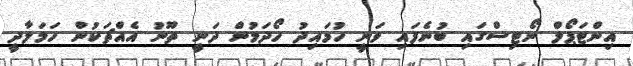
އިންޓަޕޯލް ނޯޓިސްގައި ބުނެފައި ވަނީ ހުމައިދު ހޯދަމުން ދަނީ ތޫނު އެއްޗަކުން ހަމަލާދީ